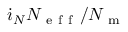
\dot { \i } _ { N } N _ { \mathrm { ~ e ~ f ~ f ~ } } / N _ { \mathrm { ~ m ~ } }